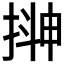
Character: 𭡮